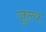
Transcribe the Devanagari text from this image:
जुल्य